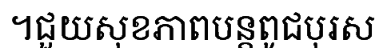
។ជួយសុខភាពបន្តពូជបុរស